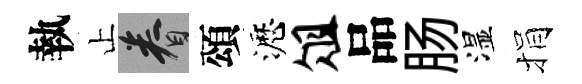
執止眷頌瀝俎品肠湿捐